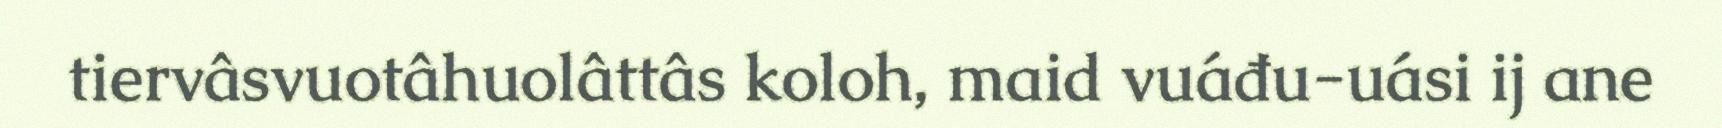
tiervâsvuotâhuolâttâs koloh, maid vuáđu-uási ij ane